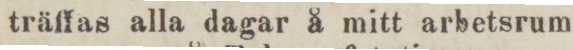
träffas alla dagar å mitt arbetsrum